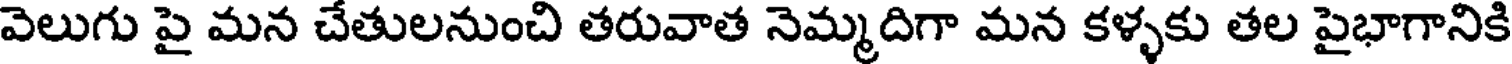
వెలుగు పై మన చేతులనుంచి తరువాత నెమ్మదిగా మన కళ్ళకు తల పైభాగానికి